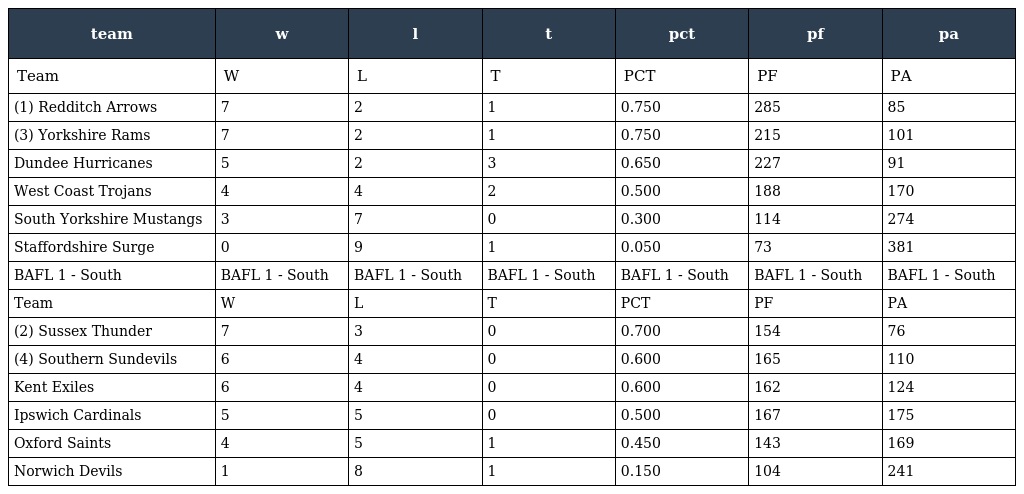
| team | w | l | t | pct | pf | pa |
 | --- | --- | --- | --- | --- | --- | --- |
 | Team | W | L | T | PCT | PF | PA |
 | (1) Redditch Arrows | 7 | 2 | 1 | 0.750 | 285 | 85 |
 | (3) Yorkshire Rams | 7 | 2 | 1 | 0.750 | 215 | 101 |
 | Dundee Hurricanes | 5 | 2 | 3 | 0.650 | 227 | 91 |
 | West Coast Trojans | 4 | 4 | 2 | 0.500 | 188 | 170 |
 | South Yorkshire Mustangs | 3 | 7 | 0 | 0.300 | 114 | 274 |
 | Staffordshire Surge | 0 | 9 | 1 | 0.050 | 73 | 381 |
 | BAFL 1 - South | BAFL 1 - South | BAFL 1 - South | BAFL 1 - South | BAFL 1 - South | BAFL 1 - South | BAFL 1 - South |
 | Team | W | L | T | PCT | PF | PA |
 | (2) Sussex Thunder | 7 | 3 | 0 | 0.700 | 154 | 76 |
 | (4) Southern Sundevils | 6 | 4 | 0 | 0.600 | 165 | 110 |
 | Kent Exiles | 6 | 4 | 0 | 0.600 | 162 | 124 |
 | Ipswich Cardinals | 5 | 5 | 0 | 0.500 | 167 | 175 |
 | Oxford Saints | 4 | 5 | 1 | 0.450 | 143 | 169 |
 | Norwich Devils | 1 | 8 | 1 | 0.150 | 104 | 241 |